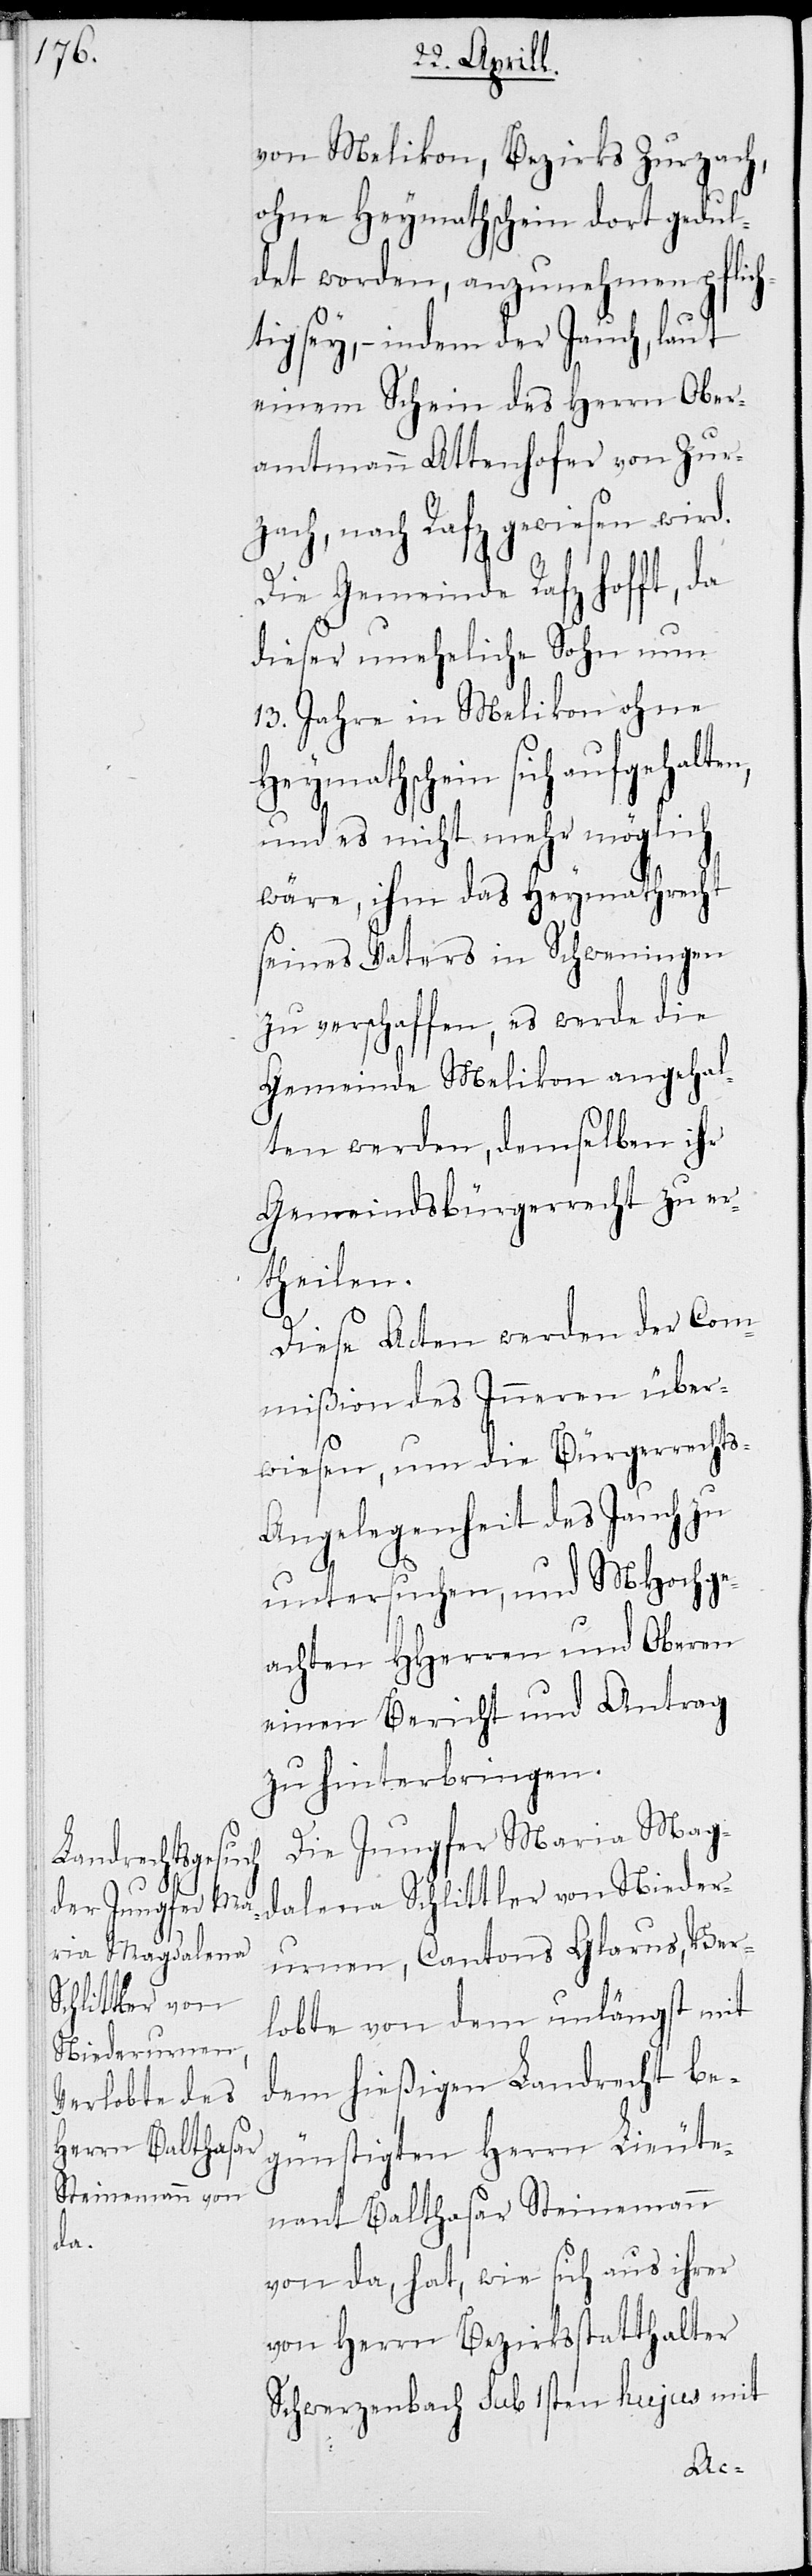
von Melikon, Bezirks Zurzach,
ohne Heymathschein dort gedul¬
det worden, anzunehmen pflich¬
tig sey, – indem der Jauch, laut
einem Schein des Herrn Ober¬
amtmann Attenhofer von Zur¬
zach, nach Rafz gewiesen wird.
Die Gemeinde Rafz hofft, da
dieser uneheliche Sohn um
13 Jahre in Melikon ohne
Heymathschein sich aufgehalt¬
und es nicht mehr möglich
wäre, ihm das Heymathrecht
seines Vaters in Schweningen
zu verschaffen, es werde die
Gemeinde Melikon angehal¬
ten werden, demselben ihr
Gemeindsbürgerrecht zu er¬
theilen.
Diese Acten werden der Com¬
mißion des Inneren über¬
wiesen, um die Bürgerrechts-A¬
ngelegenheit des Jauch zu
untersuchen, und MHochge¬
achten HHerren und Oberen
einen Bericht und Antrag
zu hinterbringen.
Die Jungfer Maria Mag¬
dalena Schlittler von Nieder¬
urnen, Cantons Glarus, Ver¬
lobte von dem unlängst mit
dem hießigen Landrecht be¬
günstigten Herrn Lieute¬
nant Balthasar Steinemann
von da, hat, wie sich aus ihrer
von Herrn Bezirksstatthalter
Schwerzenbach sub 1sten hujus mit
en,